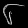
Digit: ၆